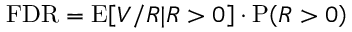
\mathrm { F D R } = \mathrm { E } \! \left[ V / R | R > 0 \right] \cdot \mathrm { P } \! \left( R > 0 \right)